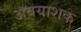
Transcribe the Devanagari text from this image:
अवयाशक